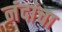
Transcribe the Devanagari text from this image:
नंदांचा